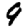
Digit: 9